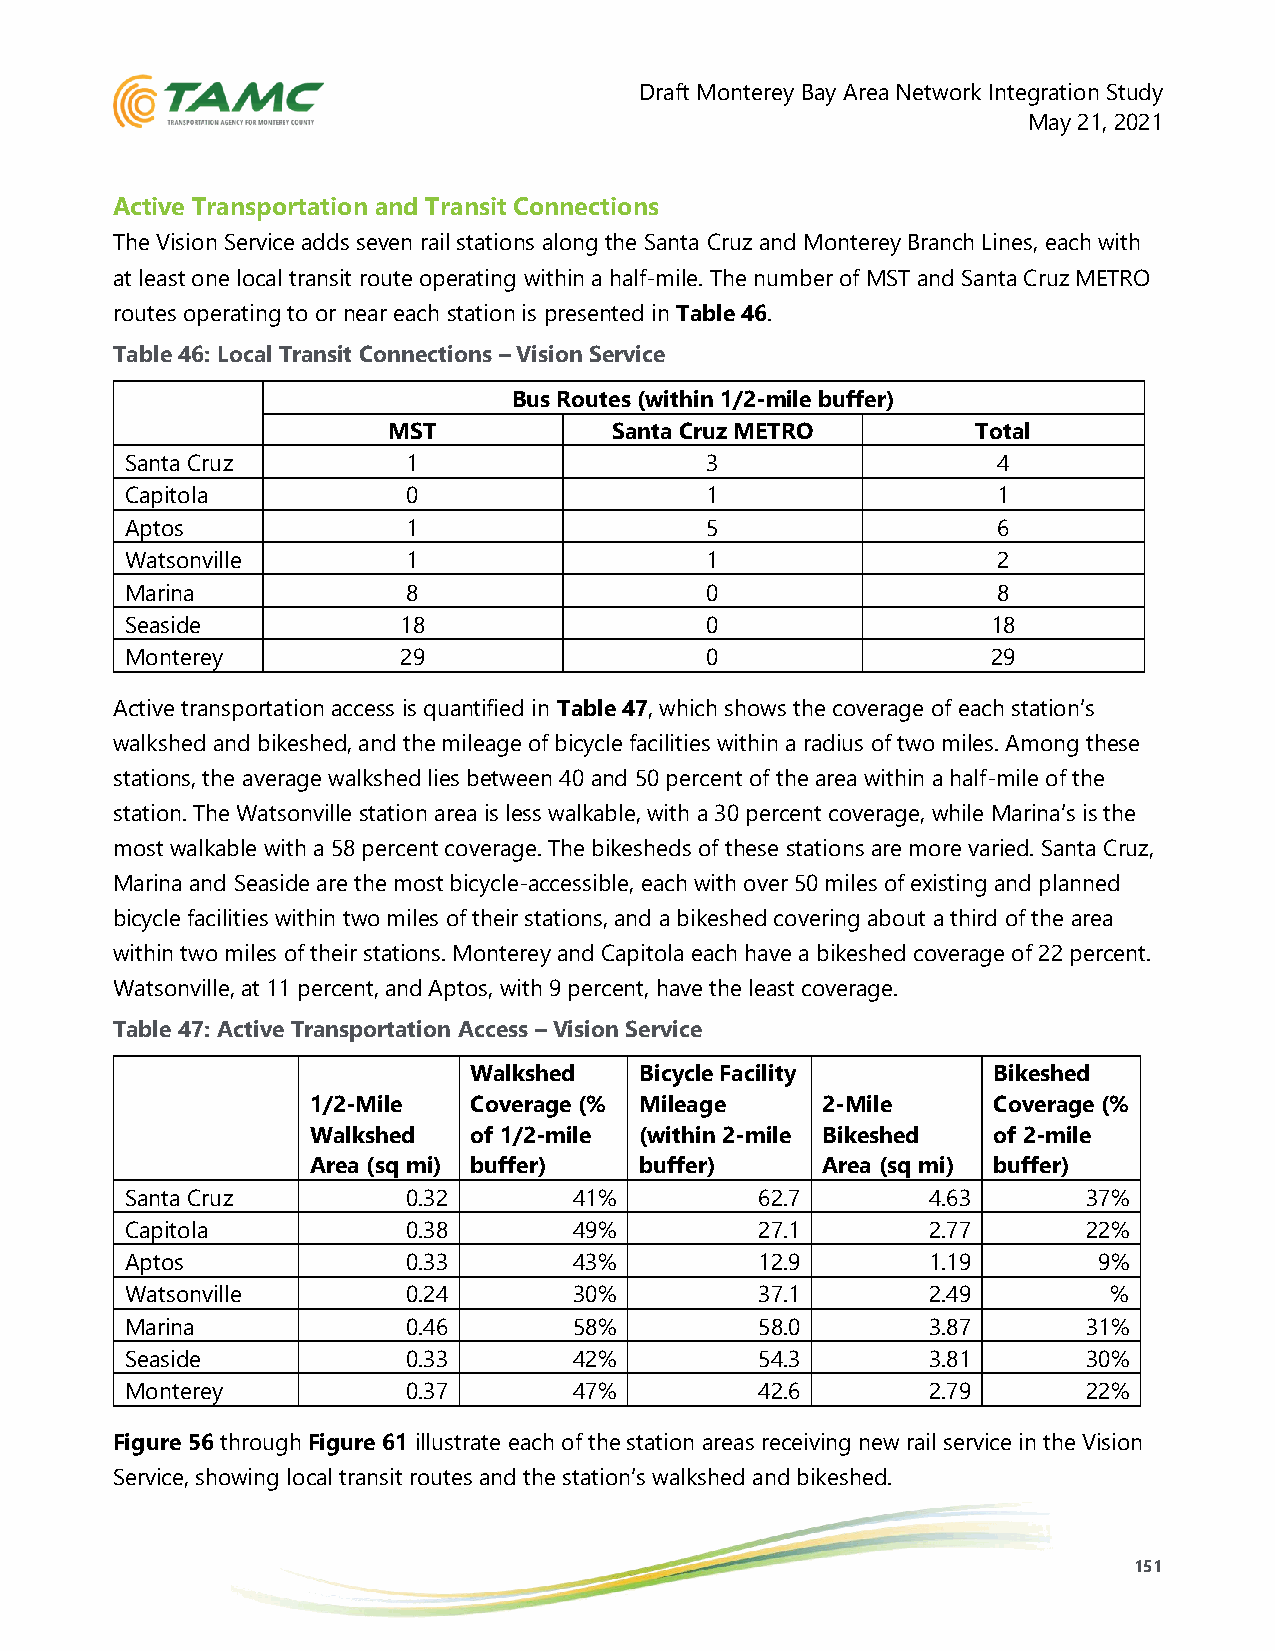
Draft Monterey Bay Area Network Integration Study
 May 21, 2021
 Active Transportation and Transit Connections
 The Vision Service adds seven rail stations along the Santa Cruz and Monterey Branch Lines, each with
 at least one local transit route operating within a half-mile. The number of MST and Santa Cruz METRO
 routes operating to or near each station is presented in Table 46.
 Table 46: Local Transit Connections – Vision Service
 Bus Routes (within 1/2-mile buffer)
 MST            Santa Cruz METRO        Total
 Santa Cruz         1                   3                  4
 Capitola           0                   1                  1
 Aptos              1                   5                  6
 Watsonville        1                   1                  2
 Marina             8                   0                  8
 Seaside           18                   0                  18
 Monterey          29                   0                  29
 Active transportation access is quantified in Table 47, which shows the coverage of each station’s
 walkshed and bikeshed, and the mileage of bicycle facilities within a radius of two miles. Among these
 stations, the average walkshed lies between 40 and 50 percent of the area within a half-mile of the
 station. The Watsonville station area is less walkable, with a 30 percent coverage, while Marina’s is the
 most walkable with a 58 percent coverage. The bikesheds of these stations are more varied. Santa Cruz,
 Marina and Seaside are the most bicycle-accessible, each with over 50 miles of existing and planned
 bicycle facilities within two miles of their stations, and a bikeshed covering about a third of the area
 within two miles of their stations. Monterey and Capitola each have a bikeshed coverage of 22 percent.
 Watsonville, at 11 percent, and Aptos, with 9 percent, have the least coverage.
 Table 47: Active Transportation Access – Vision Service
 Walkshed   Bicycle Facility        Bikeshed
 1/2-Mile   Coverage (% Mileage    2-Mile      Coverage (%
 Walkshed   of 1/2-mile (within 2-mile Bikeshed of 2-mile
 Area (sq mi) buffer)  buffer)     Area (sq mi) buffer)
 Santa Cruz         0.32       41%         62.7       4.63       37%
 Capitola           0.38       49%         27.1       2.77       22%
 Aptos              0.33       43%         12.9       1.19        9%
 Watsonville        0.24       30%         37.1       2.49         %
 Marina             0.46       58%         58.0       3.87       31%
 Seaside            0.33       42%         54.3       3.81       30%
 Monterey           0.37       47%         42.6       2.79       22%
 Figure 56 through Figure 61 illustrate each of the station areas receiving new rail service in the Vision
 Service, showing local transit routes and the station’s walkshed and bikeshed.
 151